Lunatic asylums Central Provinces reports 1895-1909 - 1895-1909
Year: 1895
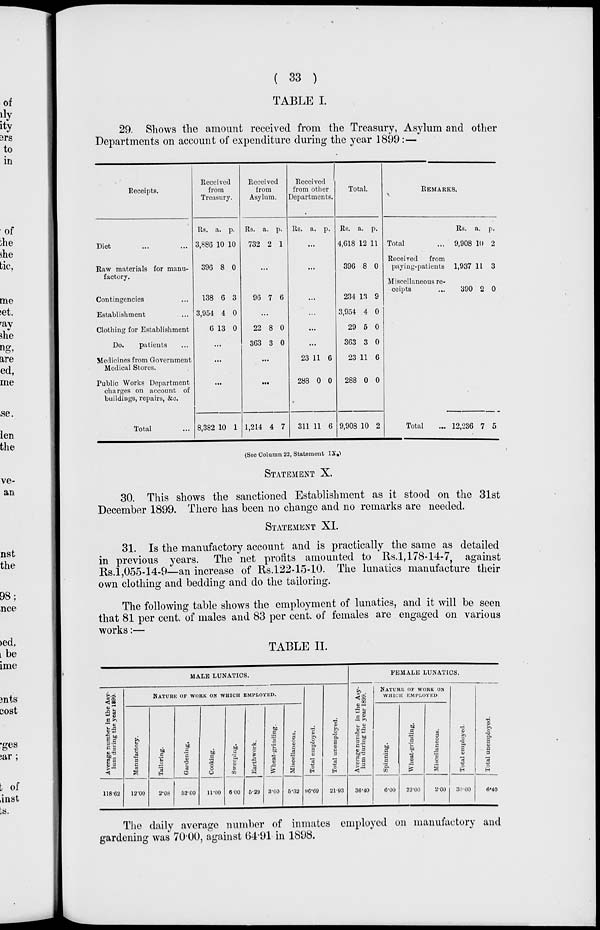
( 33 )
TABLE I.
29. Shows the amount received from the Treasury, Asylum and other
Departments on account of expenditure during the year 1899 :—
Receipts.
Diet ... ...
Raw materials for manu-
factory.
Contingencies ...
Establishment ...
Clothing for Establishment
Do.
patients ...
Medicines from Government
Medical Stores.
Public Works Department
charges on account of
buildings, repairs, &c.
Total ...
Received
from
Treasury.
Rs.
3,886
396
138
3,954
6
a.
10
8
6
4
13
p.
10
0
3
0
0
...
...
...
8,382 10 1
Received
from
Asylum.
Rs.
732
a.
2
p.
1
...
96 7 6
...
22
363
8
3
0
0
...
...
1,214 4 7
Received
from other
Departments.
Rs. a. p.
...
...
...
...
...
...
23
288
311
11
0
11
6
0
6
Total.
Rs.
4,618
396
234
3,954
29
363
23
288
9,908
a.
12
8
13
4
5
3
11
0
10
p.
11
0
9
0
0
0
6
0
2
REMARKS.
Total ...
Received
from
paying-patients
Miscellaneous re-
ceipts ...
Rs.
9,908
1,937
390
a.
10
11
2
p.
2
3
0
Total ...
12,236 7 5
(See Column 22, Statement IX )
STATEMENT X.
30. This shows the sanctioned Establishment as it stood on the 31st
December 1899. There has been no change and no remarks are needed.
STATEMENT XI.
31. Is the manufactory account and is practically the same as detailed
in previous years. The net profits amounted to Rs.l, 178-14-7, against
Rs.l,055-14-9—an increase of Rs.122-15-10. The lunatics manufacture their
own clothing and bedding and do the tailoring.
The following table shows the employment of lunatics, and it will be seen
that 81 per cent, of males and 83 per cent. of females are engaged on various
works :—
TABLE II.
MALE LUNATICS.
Average number in the Asy-
lum during the year 1899.
118.02
NATURE OF WORK ON WHICH EMPLOYED.
Manufactory.
12.00
Tailoring.
2.08
Gardening.
52.00
Cooking.
11.00
Sweeping.
6.00
Earthwork.
5.29
Wheat-grinding.
3.00
Miscellaneous.
5.32
Total employed.
96.69
Total unemployed.
21.93
FEMALE LUNATICS.
Average number in the Asy-
lum during the year 1899.
36.40
NATURE OF WORK ON
WHICH EMPLOYED
Spinning.
6.00
Wheat-grinding.
22.00
Miscellaneous.
2.00
Total employed.
30.00
Total unemployed.
6.40
The daily average number of inmates employed on manufactory and
gardening was 70.00, against 64.91 in 1898.